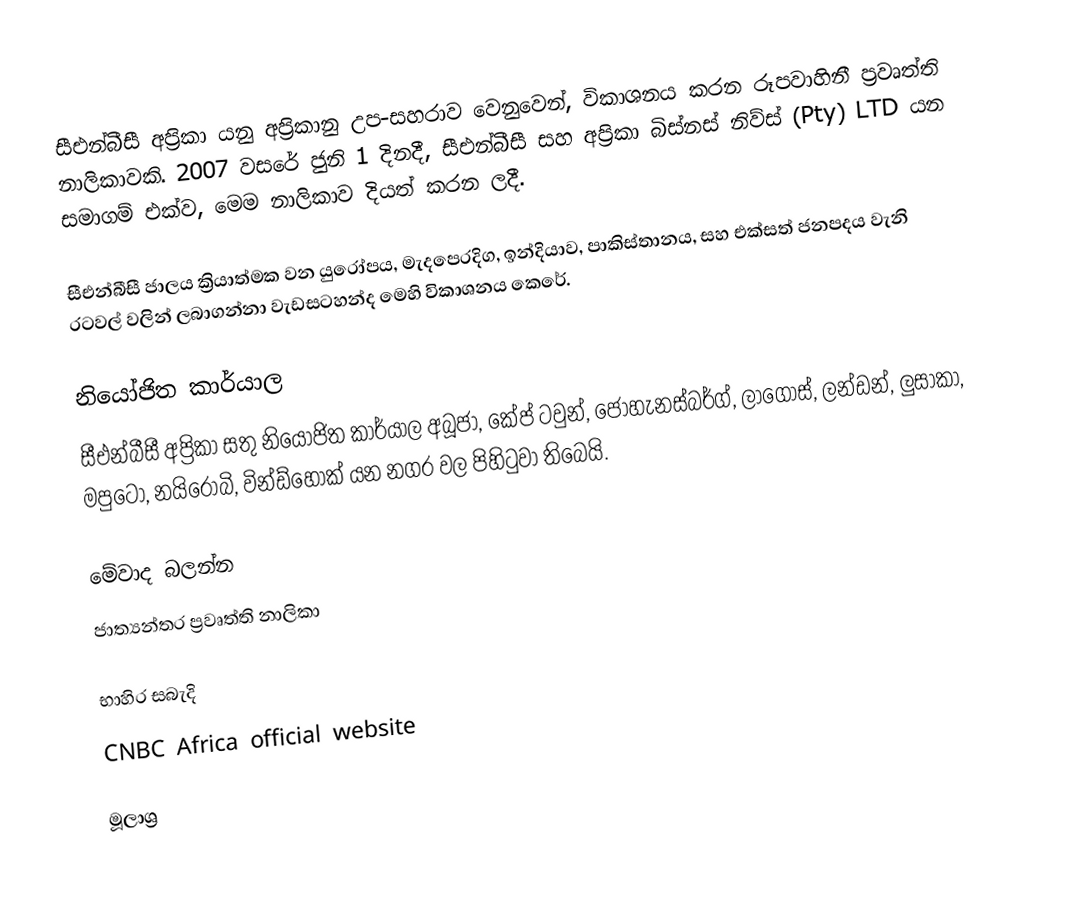
සීඑන්බීසී අප්‍රිකා යනු අප්‍රිකානු උප-සහරාව වෙනුවෙන්, විකාශනය කරන රූපවාහිනී ප්‍රවෘත්ති නාලිකාවකි. 2007 වසරේ ජුනි 1 දිනදී, සීඑන්බීසී සහ අප්‍රිකා බිස්නස් නිව්ස් (Pty) LTD යන සමාගම් එක්ව, මෙම නාලිකාව දියත් කරන ලදී.

සීඑන්බීසී ජාලය ක්‍රියාත්මක වන යුරෝපය, මැදපෙරදිග, ඉන්දියාව, පාකිස්තානය, සහ එක්සත් ජනපදය වැනි රටවල් වලින් ලබාගන්නා වැඩසටහන්ද මෙහි විකාශනය කෙරේ.

නියෝජිත කාර්යාල
සීඑන්බීසී අප්‍රිකා සතු නියෝජිත කාර්යාල අබූජා, කේප් ටවුන්, ජොහැනස්බර්ග්, ලාගෝස්, ලන්ඩන්, ලුසාකා, මපුටෝ, නයිරෝබි, වින්ඩ්හෝක් යන නගර වල පිහිටුවා තිබෙයි.

මේවාද බලන්න
 ජාත්‍යන්තර ප්‍රවෘත්ති නාලිකා

භාහිර සබැදි
 CNBC Africa official website

මූලාශ්‍ර